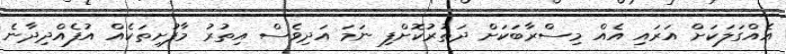
އެއްގަލަކަށް އަރައި އެއް މިސްރާބަކަށް ދަތުރުކޮށްފި ނަމަ އަދިވެސް އިތުރު މާފުށިތަކެއް އުފެއްދިދާނެ